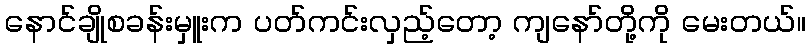
နောင်ချိုစခန်းမှူးက ပတ်ကင်းလှည့်တော့ ကျနော်တို့ကို မေးတယ်။